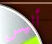
أليس